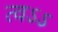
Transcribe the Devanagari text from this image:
त्वऽऽ